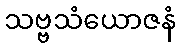
သဗ္ဗသံယောဇနံ